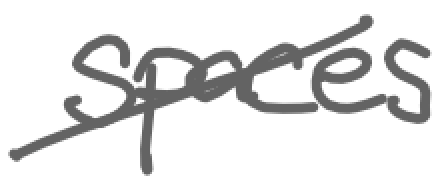
Text: spaces
Cross-out: diagonal
Writing tool: digital_gray